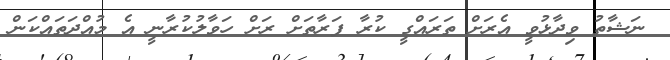
ނަޝާތު ވިދާޅުވީ އެރަށް ތަރައްގީ ކުރާ ފަރާތަށް ރަށް ހަވާލުކުރާނީ އެ މުއްދަތައްކަން